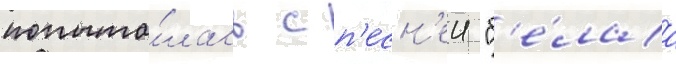
попыта́лась с п'есн'еи "б'е́лаа